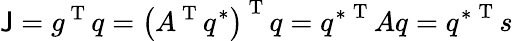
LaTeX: \mathsf{J}=g^{\mathrm{{~T~}}}q=\left(A^{\mathrm{{~T~}}}q^{*}\right)^{\mathrm{{~T~}}}q={q^{*}}^{\mathrm{{~T~}}}Aq={q^{*}}^{\mathrm{{~T~}}}s